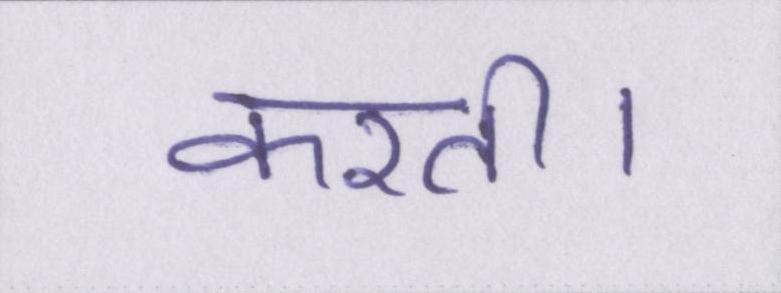
करती।